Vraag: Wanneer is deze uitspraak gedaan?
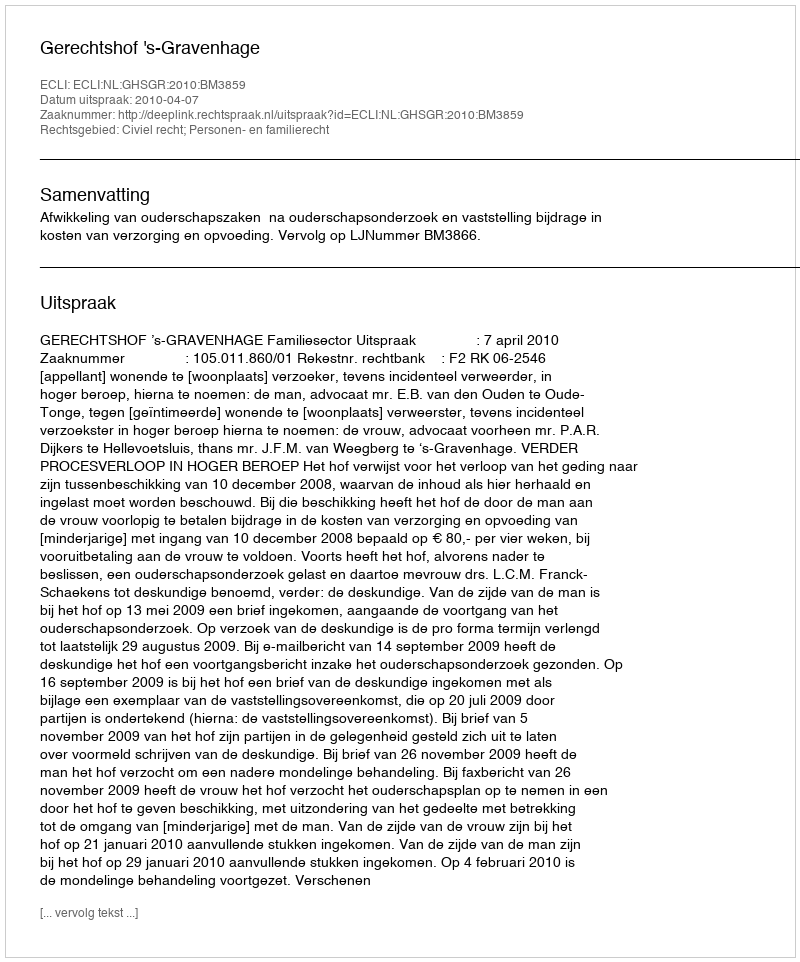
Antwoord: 2010-04-07